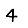
Digit: 4